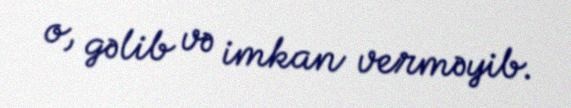
o, gəlib və imkan verməyib.